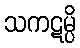
သကဋမ္ပိ